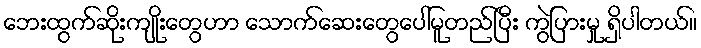
ဘေးထွက်ဆိုးကျိုးတွေဟာ သောက်ဆေးတွေပေါ်မူတည်ပြီး ကွဲပြားမှု ရှိပါတယ်။